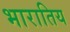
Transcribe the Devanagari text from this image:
भारातिय